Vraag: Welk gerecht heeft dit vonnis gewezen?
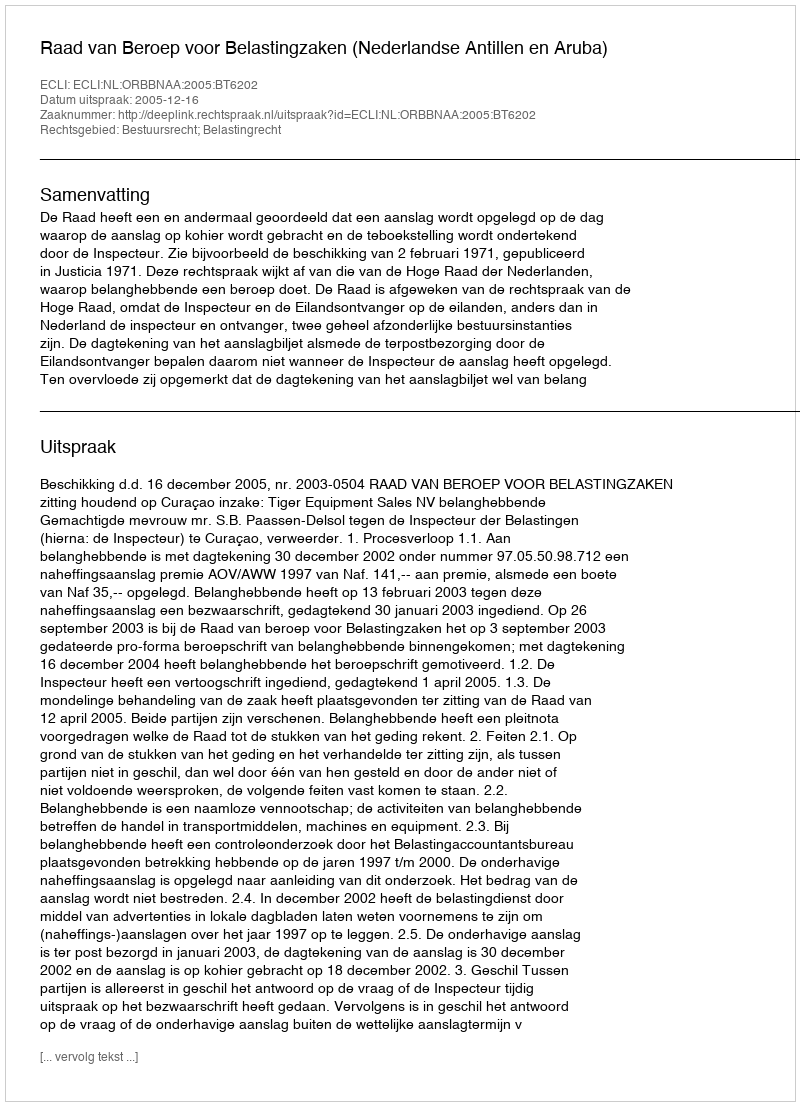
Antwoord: Raad van Beroep voor Belastingzaken (Nederlandse Antillen en Aruba)